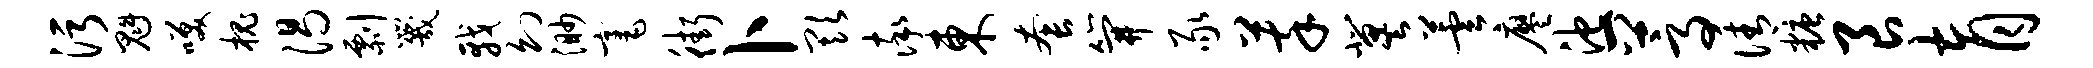
污魁笑槐渴剽咒戟幻渺毫街卜欺率东套笄豕萃冀芸廖池一蒿倩糖良育